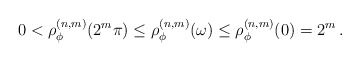
\begin{align*}0<\rho_\phi^{(n,m)}(2^m\pi)\le \rho_\phi^{(n,m)}(\omega) \le \rho_\phi^{(n,m)}(0) = 2^m\,.\end{align*}